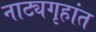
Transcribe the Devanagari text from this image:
नाट्यगृहांत